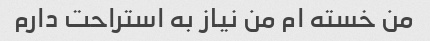
من خسته ام من نیاز به استراحت دارم